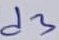
Text: d3